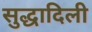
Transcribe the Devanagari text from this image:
सुद्धादिली